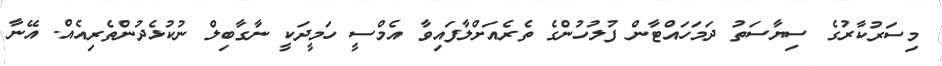
މިސަރުކާރުގެ ސިޔާސަތު ދަމަހައްޓާން ފުލުހުންގެ ތެރެއަށްލާފައިވާ އެމްސީ ހަމީދަކީ ނާގާބިލް ނުކުޅެދުންތެރިއެއް. އޭނާ